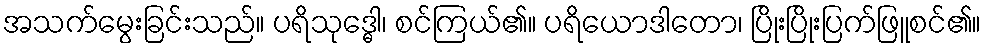
အသက်မွေးခြင်းသည်။ ပရိသုဒ္ဓေါ၊ စင်ကြယ်၏။ ပရိယောဒါတော၊ ပြိုးပြိုးပြက်ဖြူစင်၏။